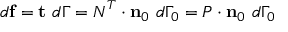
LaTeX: d \mathbf { f } = \mathbf { t } ~ d \Gamma = { \boldsymbol { N } } ^ { T } \cdot \mathbf { n } _ { 0 } ~ d \Gamma _ { 0 } = { \boldsymbol { P } } \cdot \mathbf { n } _ { 0 } ~ d \Gamma _ { 0 }